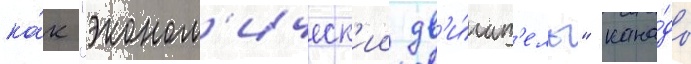
ка́к "эконом'ическ'ии дв'и́гат'ель" кана́ды